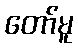
တော်မူ